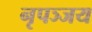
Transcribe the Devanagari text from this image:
नृपञ्जय